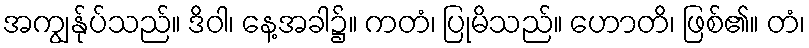
အကျွန်ုပ်သည်။ ဒိဝါ၊ နေ့အခါ၌။ ကတံ၊ ပြုမိသည်။ ဟောတိ၊ ဖြစ်၏။ တံ၊